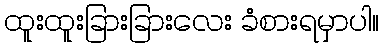
ထူးထူးခြားခြားလေး ခံစားရမှာပါ။